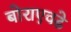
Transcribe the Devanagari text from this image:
बोराएवढे